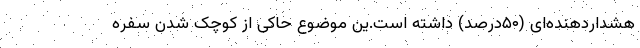
هشدار‌دهنده‌ای (۵۰درصد) داشته است.ین موضوع حاکی از کوچک شدن سفره